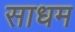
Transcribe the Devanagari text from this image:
साधम